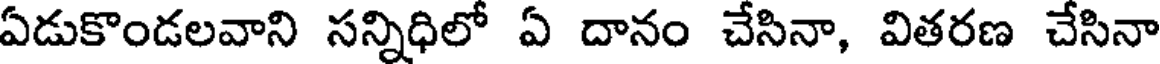
ఏడుకొండలవాని సన్నిధిలో ఏ దానం చేసినా, వితరణ చేసినా